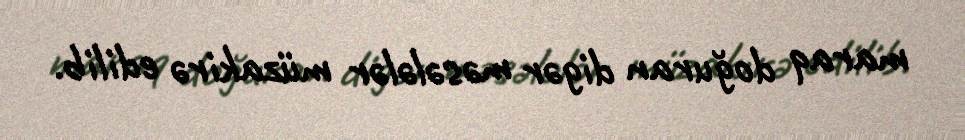
maraq doğuran digər məsələlər müzakirə edilib.